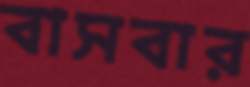
বাসবার